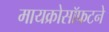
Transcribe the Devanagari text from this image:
मायक्रोसॉफटने